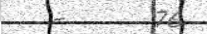
-      76